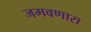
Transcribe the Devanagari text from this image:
जमवणारा